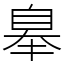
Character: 𦤑